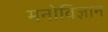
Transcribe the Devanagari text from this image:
मनोविज्ञान